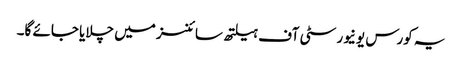
یہ کورس یونیورسٹی آف ہیلتھ سائنسز میں چلایا جائے گا۔